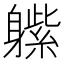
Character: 𲄬